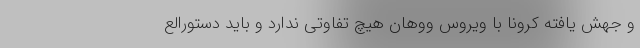
و جهش یافته کرونا با ویروس ووهان هیچ تفاوتی ندارد و باید دستورالع